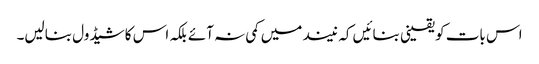
اس بات کو یقینی بنائیں کہ نیند میں کمی نہ آئے بلکہ اس کا شیڈول بنالیں۔